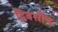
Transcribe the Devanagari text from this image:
द्विवसीय